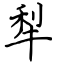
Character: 犁